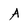
Character: A